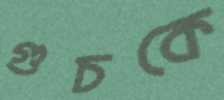
গুচকে